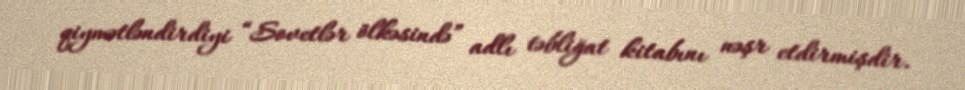
qiymətləndirdiyi “Sovetlər ölkəsində” adlı təbliğat kitabını nəşr etdirmişdir.